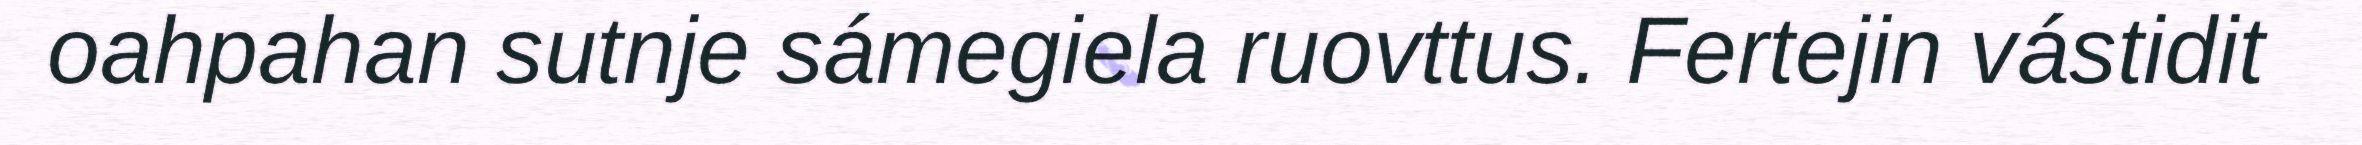
oahpahan sutnje sámegiela ruovttus. Fertejin vástidit